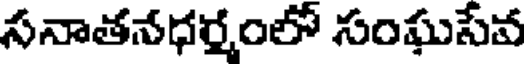
సనాతనధర్మంలో సంఘసేవ